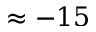
\approx - 1 5